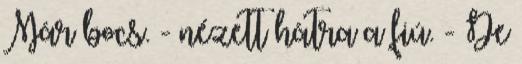
Már bocs. - nézett hátra a fiú. - De